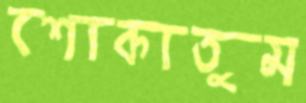
শোকাতুম